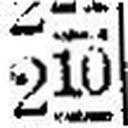
210